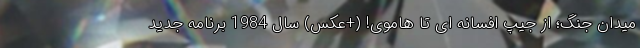
میدان جنگ؛ از جیپ افسانه ای تا هاموی! (+عکس) سال 1984 برنامه جدید